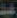
عبد